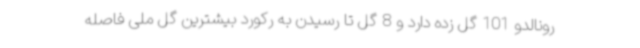
رونالدو 101 گل زده دارد و 8 گل تا رسیدن به رکورد بیشترین گل ملی فاصله